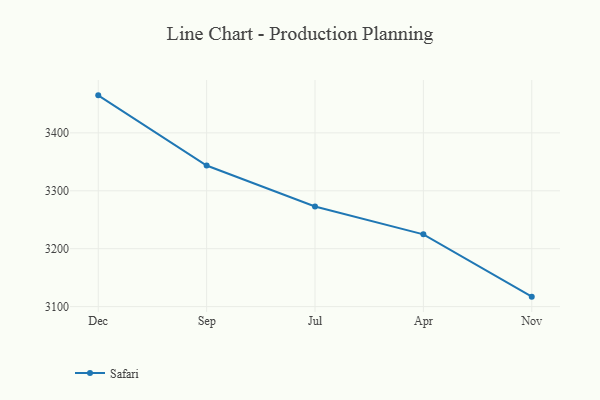
{"axis": {"x": "Month", "y": "Website Visitors"}, "legend": ["Safari"], "data": [{"x": "Dec", "y": 3464.8, "type": "Safari"}, {"x": "Sep", "y": 3343.7, "type": "Safari"}, {"x": "Jul", "y": 3272.8, "type": "Safari"}, {"x": "Apr", "y": 3224.8, "type": "Safari"}, {"x": "Nov", "y": 3117.2, "type": "Safari"}]}